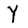
Character: Y